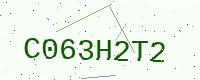
Text: C063H2T2